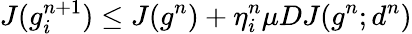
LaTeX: J(g_{i}^{n+1})\le J(g^{n})+\eta_{i}^{n}\mu DJ(g^{n};d^{n})